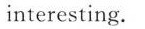
interesting.